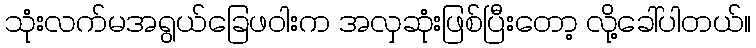
သုံးလက်မအရွယ်ခြေဖဝါးက အလှဆုံးဖြစ်ပြီးတော့ လို့ခေါ်ပါတယ်။